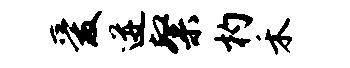
爱迸粲杓禾